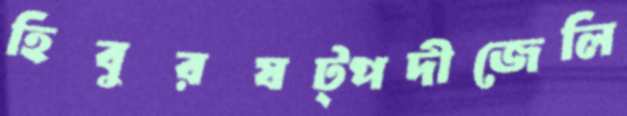
হিবুরষট্‌পদীজেলি